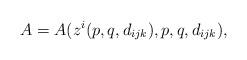
LaTeX: \begin{align*}A =A( z^i(p,q, d_{ijk}),p,q, d_{ijk}),\end{align*}